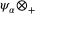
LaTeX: \psi _ { \alpha } \otimes _ { + }